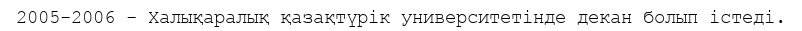
2005-2006 - Халықаралық қазақтүрік университетінде декан болып істеді.